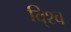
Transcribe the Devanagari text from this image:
वि्श्व